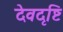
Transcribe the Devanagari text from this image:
देवदृष्टि